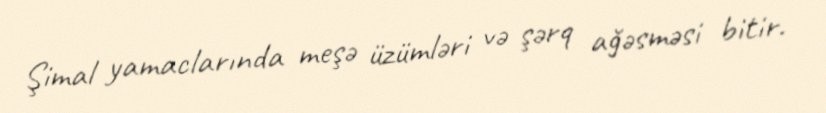
Şimal yamaclarında meşə üzümləri və şərq ağəsməsi bitir.